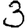
Digit: 3